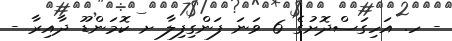
- ހ. އަހިގަސްދޮށުގެ 6 ވަނަ ފަންގިފިލާ ށ ކޮމަންޑޫ ދާއިރާ -